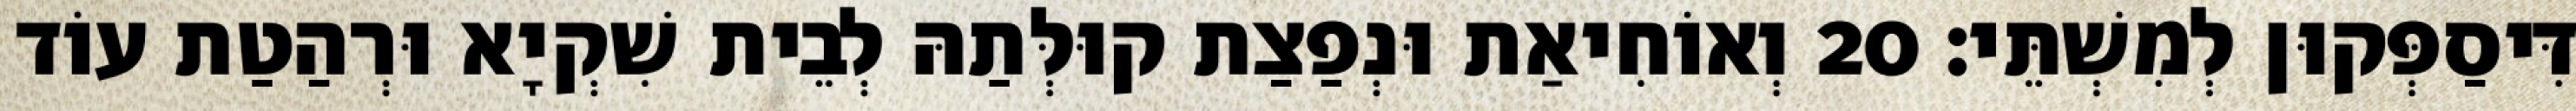
דִּיסַפְּקוּן לְמִשְׁתֵּי׃ 20 וְאוֹחִיאַת וּנְפַצַת קוּלְּתַהּ לְבֵית שִׁקְיָא וּרְהַטַת עוֹד